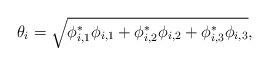
LaTeX: \begin{align*}\theta_i = \sqrt{\phi_{i,1}^*\phi_{i,1} + \phi_{i,2}^*\phi_{i,2}+\phi_{i,3}^*\phi_{i,3}},\end{align*}